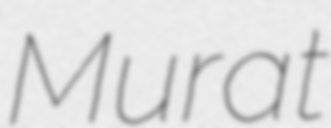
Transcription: Murat